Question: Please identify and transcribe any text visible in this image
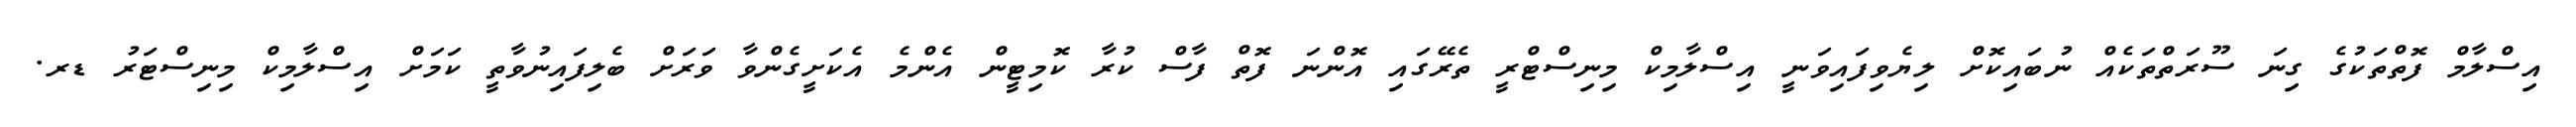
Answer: އިސްލާމް ފޮތްތަކުގެ ގިނަ ސޫރަތްތަކެއް ނުބައިކޮށް ލިޔެވިފައިވަނީ އިސްލާމިކް މިނިސްޓްރީ ތެރޭގައި އޮންނަ ފޮތް ފާސް ކުރާ ކޮމިޓީން އެންމެ އެކަށީގެންވާ ވަރަށް ބެލިފައިނުވާތީ ކަމަށް އިސްލާމިކް މިނިސްޓަރު ޑރ.